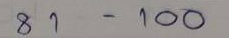
81 - 100